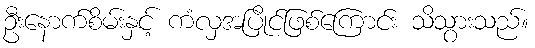
ဦးနောက်စိမ်းနှင့် ကံလှအပြိုင်ဖြစ်ကြောင်း သိသွားသည်။